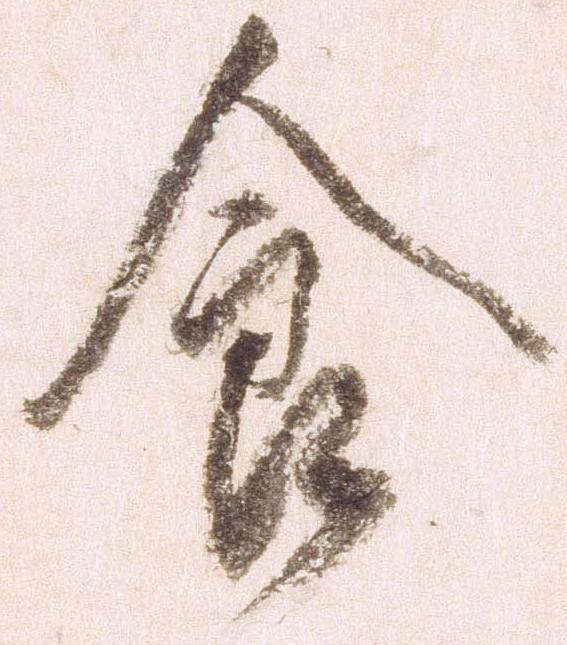
食